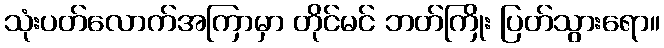
သုံးပတ်လောက်အကြာမှာ တိုင်မင် ဘတ်ကြိုး ပြတ်သွားရော။